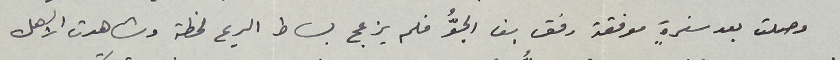
وصلت بعد سفرةٍ موفقة رفق بنا الجوُّ فلم يزعج بساط الريح لحظة وشاهدت الأهل